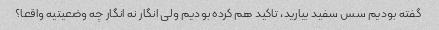
گفته بودیم سس سفید بیارید، تاکید هم کرده بودیم ولی انگار نه انگار چه وضعیتیه واقعا؟